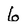
Character: 6